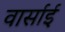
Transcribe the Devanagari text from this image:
वार्साई